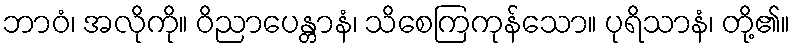
ဘာဝံ၊ အလိုကို။ ဝိညာပေန္တာနံ၊ သိစေကြကုန်သော။ ပုရိသာနံ၊ တို့၏။